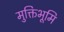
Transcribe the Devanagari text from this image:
मुक्तिभूमि